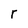
Character: r